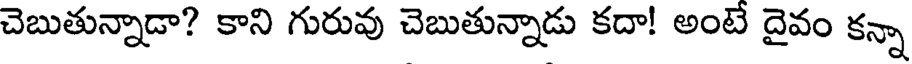
చెబుతున్నాడా? కాని గురువు చెబుతున్నాడు కదా! అంటే దైవం కన్నా